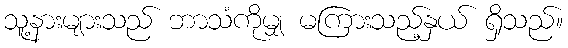
သူ့နားများသည် ဘာသံကိုမျှ မကြားသည့်နှယ် ရှိသည်။